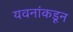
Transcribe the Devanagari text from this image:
यवनांकडून